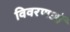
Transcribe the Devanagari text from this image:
विवरणओं